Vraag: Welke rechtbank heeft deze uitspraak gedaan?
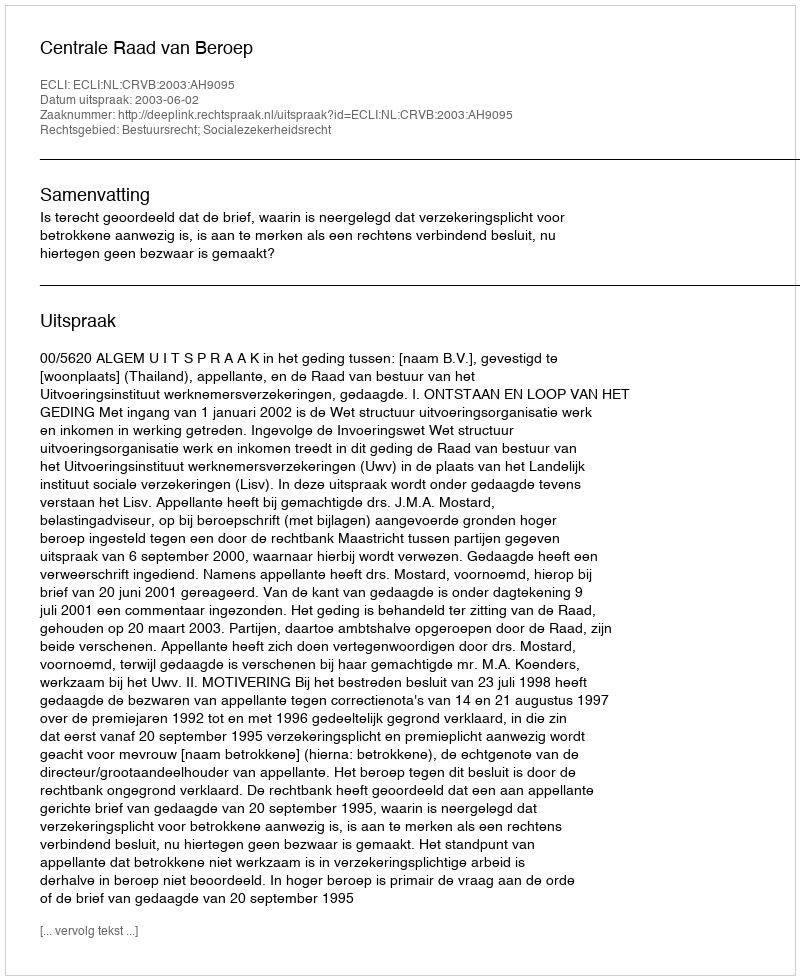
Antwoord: Centrale Raad van Beroep